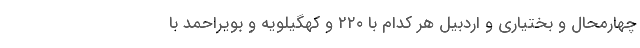
چهارمحال و بختیاری و اردبیل هر کدام با ۲۲۰ و کهگیلویه و بویراحمد با